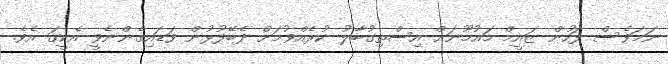
ނަމަވެސް ފަހުން ޒައީމް މައުމޫނަށް އިސްތިގުބާލު ކުރެއްވުމަށް ދެބޭފުޅުން ވަޑައިގެންނެވީ އެކީގަ އެވެ.